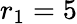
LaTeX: r_{\textrm{1}}=5